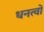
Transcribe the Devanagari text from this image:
धनत्वों